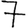
Digit: 7